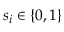
s _ { i } \in \{ 0 , 1 \}